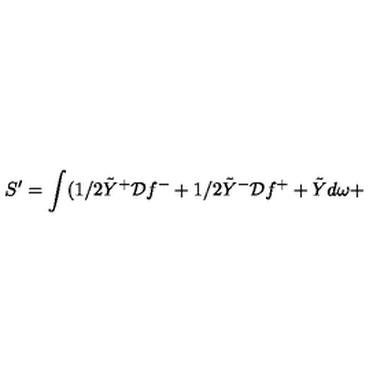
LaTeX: S ^ { \prime } = \int ( 1 / 2 \tilde { Y } ^ { + } { \cal D } f ^ { - } + 1 / 2 \tilde { Y } ^ { - } { \cal D } f ^ { + } + \tilde { Y } d \omega +